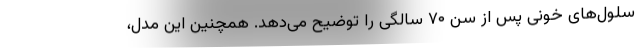
سلول‌های خونی پس از سن ۷۰ سالگی را توضیح می‌دهد. همچنین این مدل،